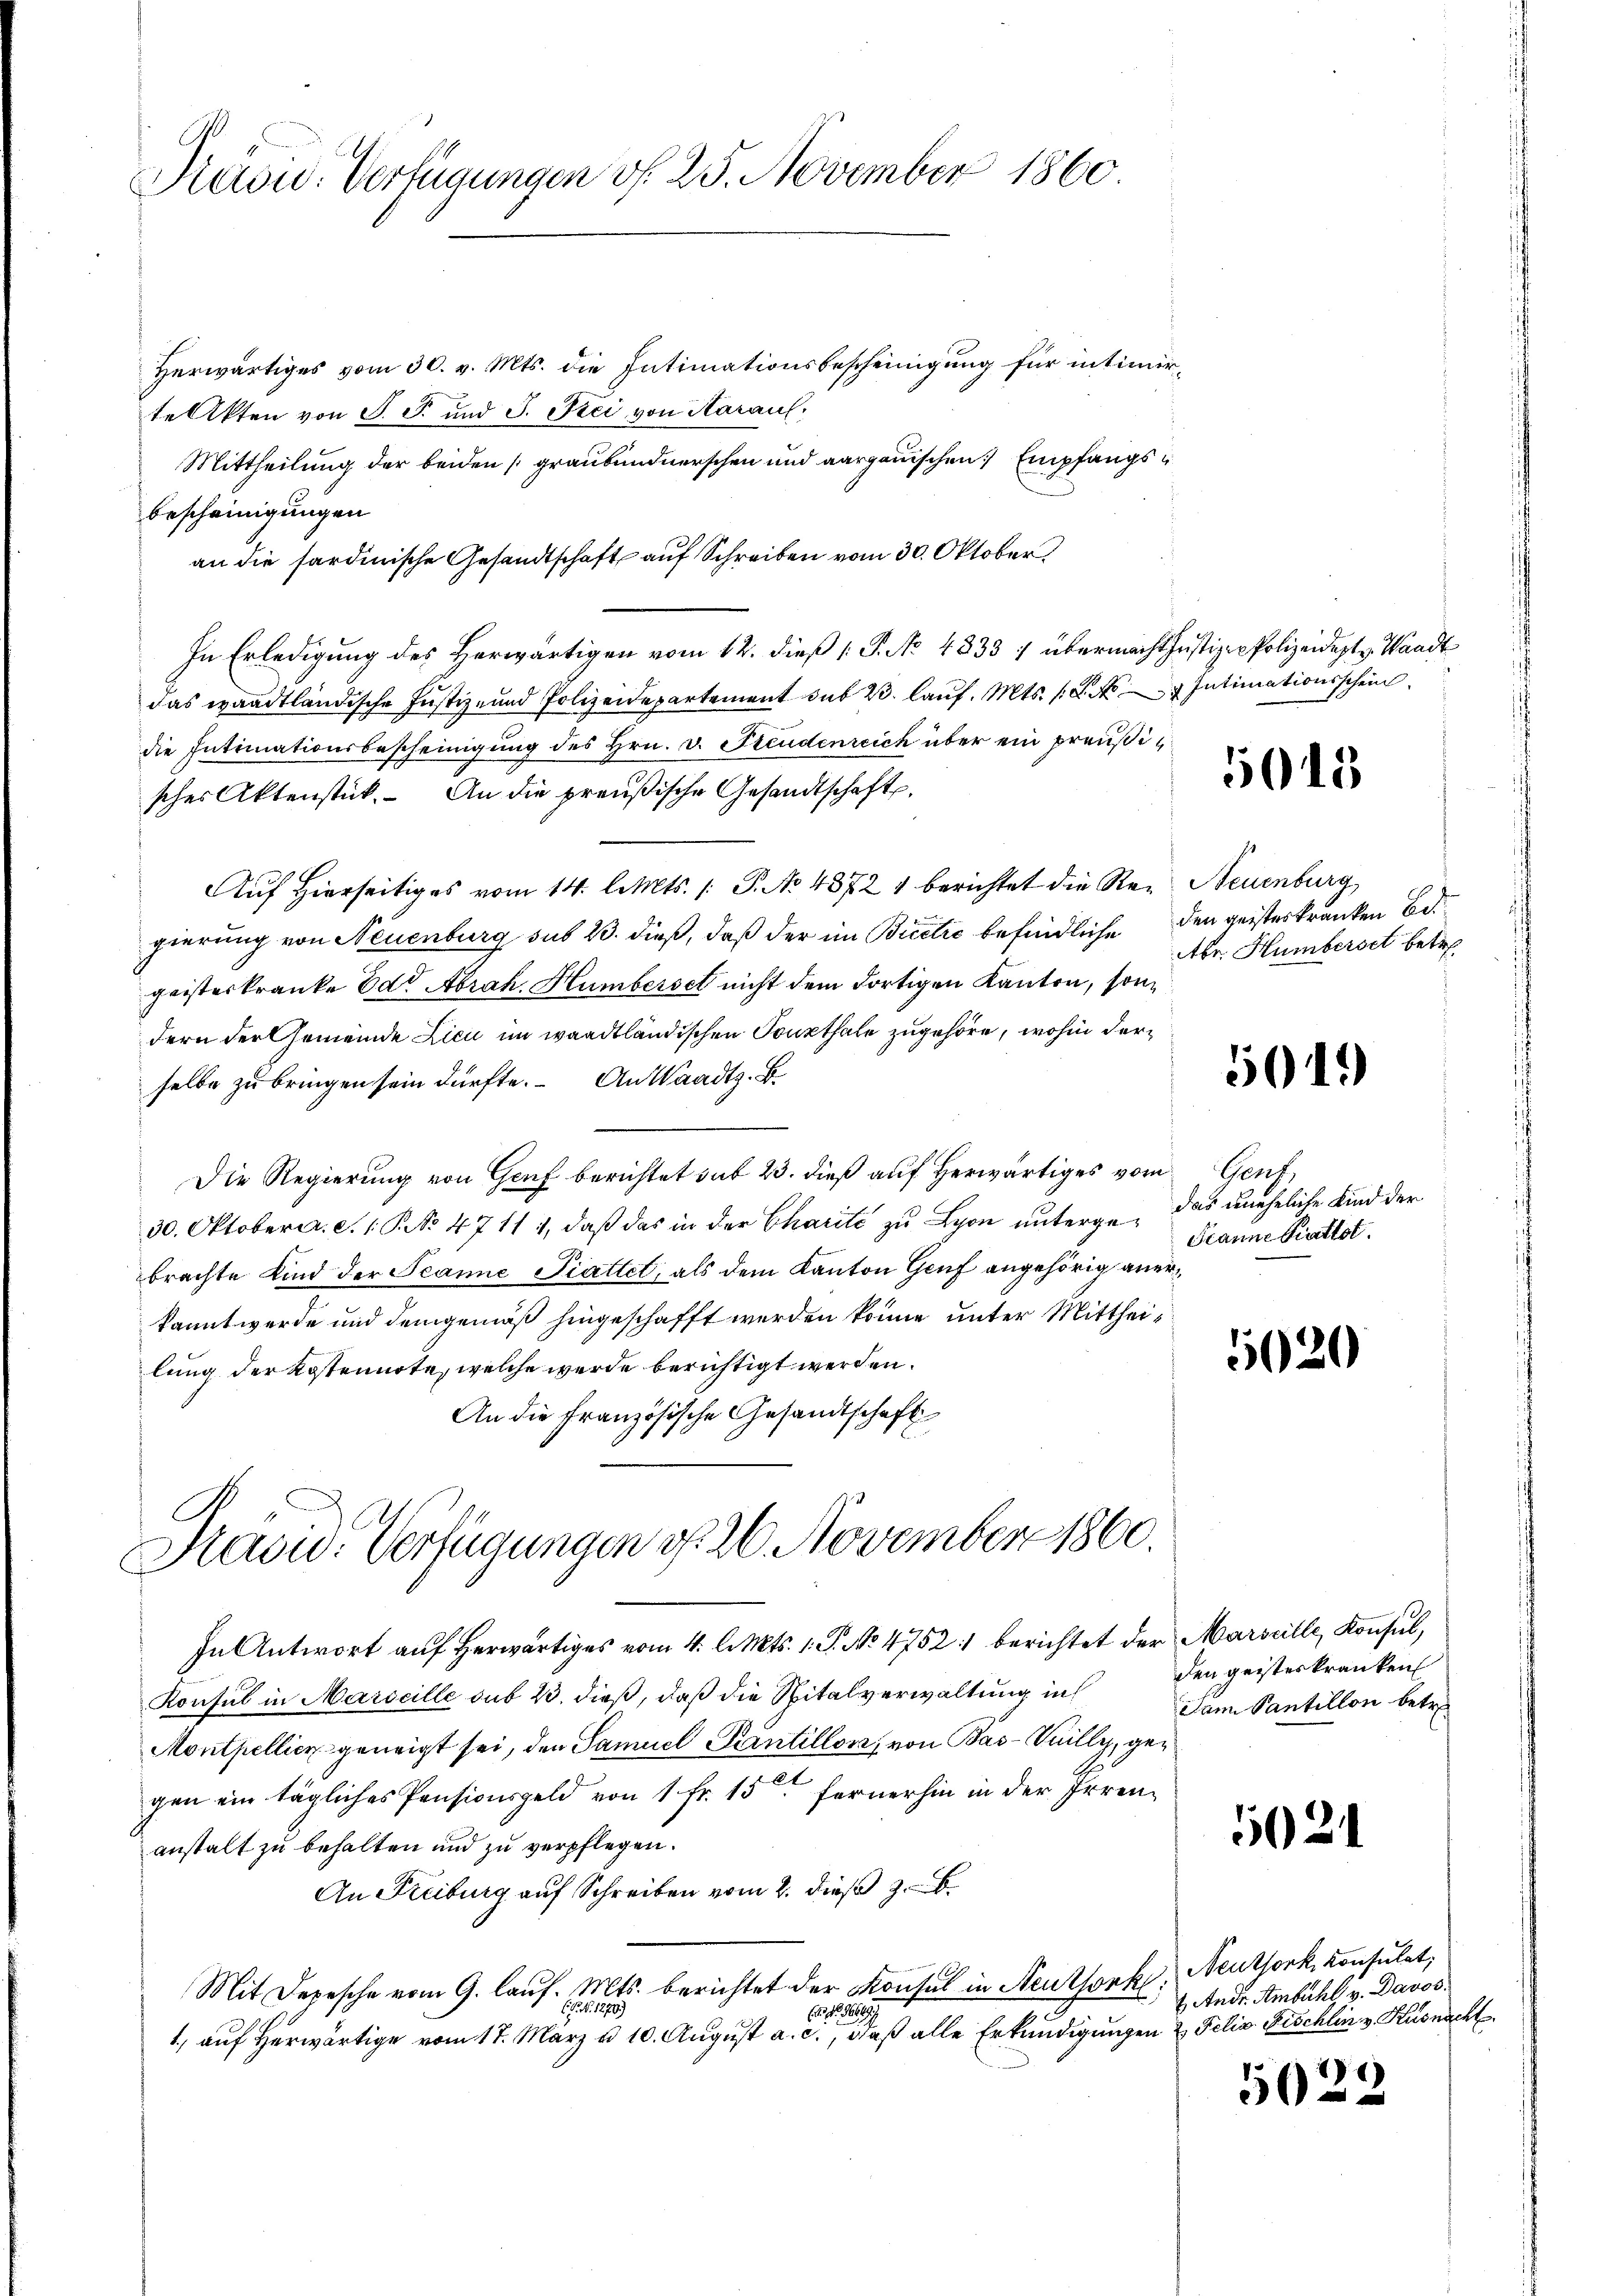
Paou. Verfügungen v. 25. November 1860.

Herwärtiges vom 30. v. Mts. die Intimationsbescheinigung für intimirtelikten von S. S. und J. Frei von Aarauf,
Mittheilung der beiden graubündnerschen und aargauischen Empfangs¬
Bescheinigungen
an die sardinische Gesandtschaft auf Schreiben vom 30. Oktober
In Erledigung des Herwärtigen vom 12. dieß [P. No 4833 / übermachtjustizen Polizeidept v. Waadt
das waadtländische Justiz- und Polizeidepartement sub 23. lauf. Mts. 1. No Intimationsschein
die Intimationsbescheinigung des Hrn. v. Freudenreich über ein preußisches Aktenstück. An die preußische Gesandtschaft.
Auf Hierseitiges vom 14. l. Mts. /: P. No 48721 berichtet die Re- Neuenburg
gierung von Neuenburg sub 23. dieß, daß der im Bicetić befindliche den geisterkranken Begeisterkranke Edt Abrah. Humbersch nicht dem dortigen Kanton, sondern der Gemeinde Lici im waadtländischen Sonsthale zugehöre, wohin derselbe zu bringen sein dürfte. An Waadt z. B.
Die Regierung von Genf berichtet sub 23. dieß auf herwärtiges vom Genf,
30. Oktober. S. 1. P. No. 4711 1, daß das in der Charité zu Lyon unterge- das uneheliche Kind der
brachte Kind der Jeanne Piattet, als dem Kanton Genf angehörig anerkannt werde und demgemäß hingeschafft werden könne unter Mittheilung der Kostennote, welche werde berichtigt werden.
An die Französische Gesandtschaft
Prewid-Verfügungen d. 26. November 1860.
In Antwort aŭf herwärtiges vom 4. l. Mts. 1. P. No 4752 : berichtet der Marseille, Konsul,
Konsul in Marseille sub 23. dieß, daß die Spitalverwaltung in den geisteskranken
Montpellick geneigt sei, den Samuel Krantillenz, von Bas-Kuilly, gegen ein tägliches Pensionsgeld von 1 Fr. 15 fernerhin in der Irrenanstalt zu behalten und zu verpflegen.
An Freiburg auf Schreiben vom 2. dieß z
Mit Depesche vom 9. lauf. Mts. berichtet der Konsul in Neuthork
(G. N. 1279)
EN 1649
1., auf herwärtige vom 17. März u. 10. August a. c., daß alle Erkundigungen & Felix Fischlin v. Küsnacht

5015

Abe Humberset betr.

5019

Gianne Gattet.

5020

Jann Santillon betr.

5021

Neuthork, Konsulat,
Andr. Ambühl v. Davos.

11)
50